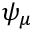
\psi _ { \mu }